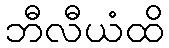
ဘီလီယံထိ